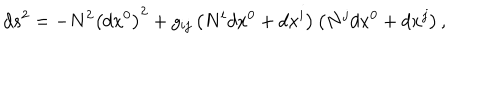
d s _ { { } } ^ { 2 } = - N ^ { 2 } \left( d x ^ { 0 } \right) ^ { 2 } + g _ { i j } \left( N ^ { i } d x ^ { 0 } + d x ^ { i } \right) \left( N ^ { j } d x ^ { 0 } + d x ^ { j } \right) ,